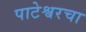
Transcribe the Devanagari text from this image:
पाटेश्वरचा